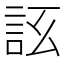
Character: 𧦚